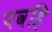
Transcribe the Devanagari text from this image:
पवहि